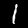
Digit: 1